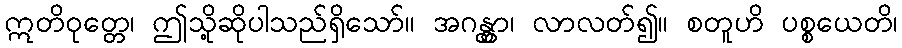
ဣတိဝုတ္တေ၊ ဤသို့ဆိုပါသည်ရှိသော်။ အဂန္တွာ၊ လာလတ်၍။ စတူဟိ ပစ္စယေတိ၊